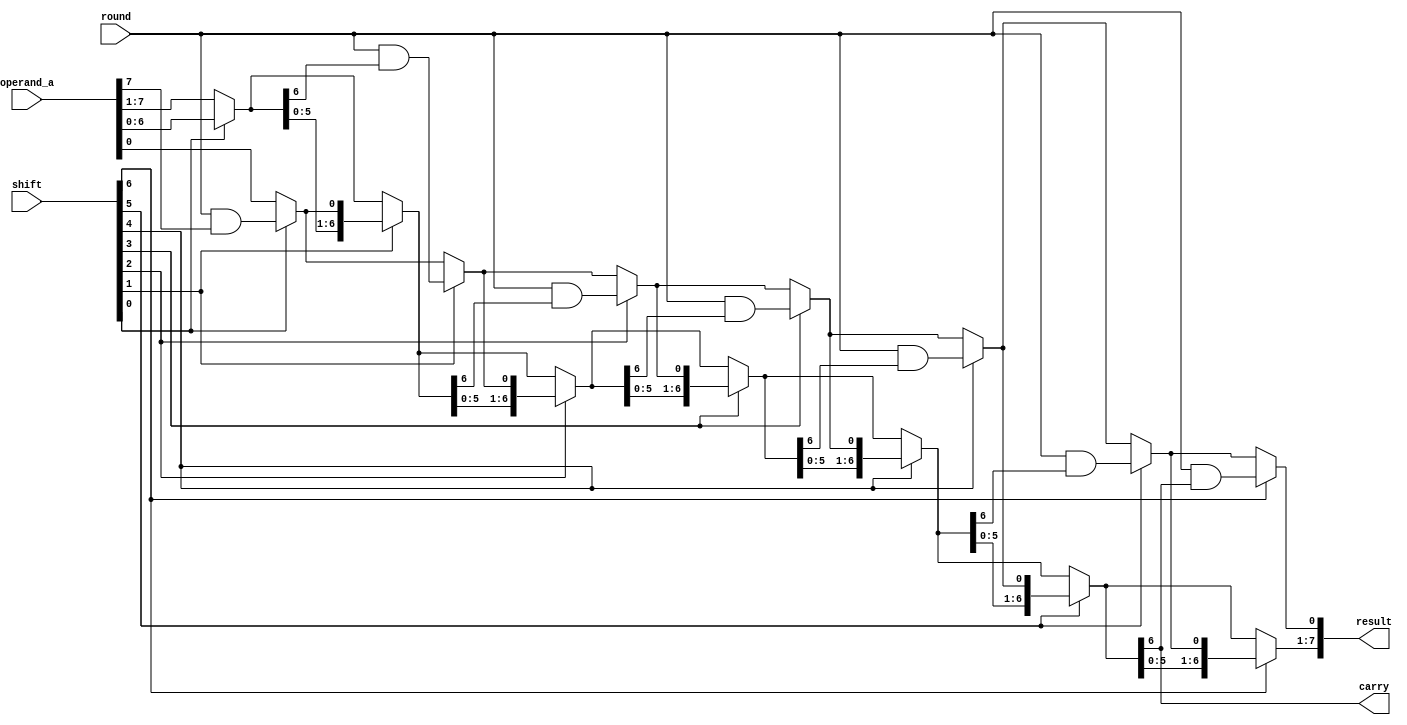
/////////////////////////////////////////////////////////////////////////////////////////////////////////////
//  parametrized barrel shifter for alu for Jupiter
//
//  Written : 02 Nov 2019
//
/////////////////////////////////////////////////////////////////////////////////////////////////////////////

module barrel_shifter(
    result,
    carry,
    operand_a,
    shift,
    round
);

parameter  width = 8;

    output  [width-1:0] result;
    output              carry;

    input   [width-1:0] operand_a;
    input   [width-1:0] shift;
    input               round;

    wire    [width-1:0] mux_ctrl;
    reg     [width-1:0] result;
    reg     [width-1:0] mux_net     [width:0];
    reg                 carry;
    
    assign mux_ctrl = shift;

    integer i;
    always @ * 
    begin
        mux_net[0] = operand_a;
        for(i = 0; i < width; i = i + 1)
        begin
            if(mux_ctrl[i])
            begin
                mux_net[i+1][width-1:1] = mux_net[i][width-2:0];
                mux_net[i+1][0] = round & mux_net[i][width-1];
            end
            else
            begin
                mux_net[i+1] = mux_net[i];
            end
        end
        carry = mux_net[width-2][width-1];
        result = mux_net[width-1];
    end

endmodule